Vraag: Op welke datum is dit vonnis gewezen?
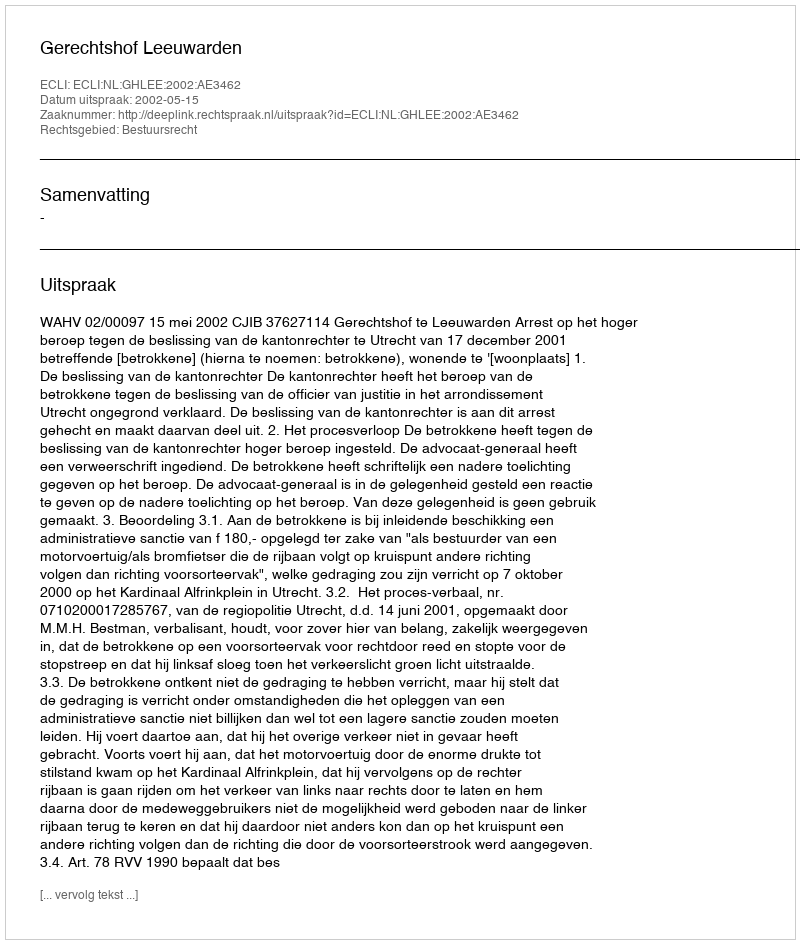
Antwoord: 2002-05-15